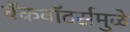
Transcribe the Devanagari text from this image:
बॅकवॉटर्समुळे